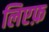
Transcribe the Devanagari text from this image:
लिएफ़